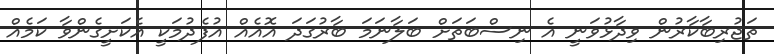
ތަޖުރިބާކާރުން ވިދާޅުވަނީ އެ ނިސްބަތަށް ބަލާނަމަ ބާރުގަދަ އޮއެއް އުފެދުމަކީ އެކަށީގެންވާ ކަމެއް